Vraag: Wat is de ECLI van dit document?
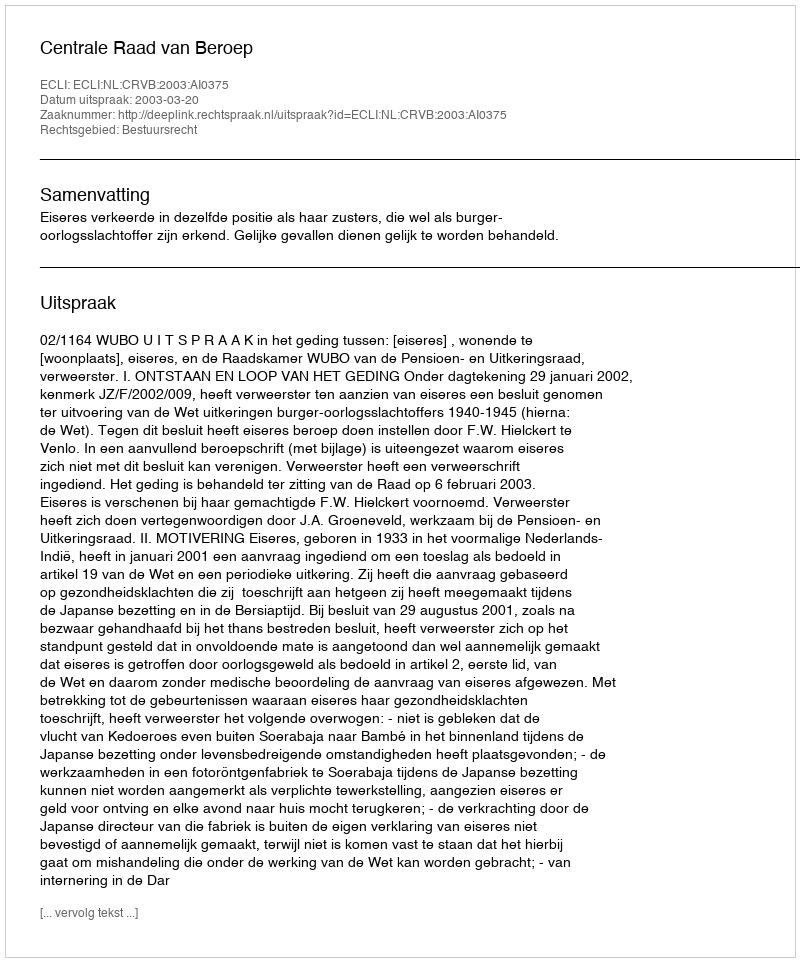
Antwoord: ECLI:NL:CRVB:2003:AI0375